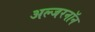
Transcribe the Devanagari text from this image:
अल्जरनॉन